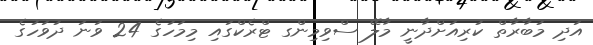
އަދި މުބާރާތް ކުރިއަށްދާނީ މާލޭ ސްވިމިންގ ޓްރެކްގައި މިމަހުގެ 24 ވަނަ ދުވަހުގެ